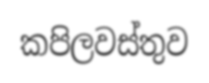
කපිලවස්තුව